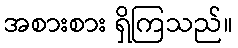
အစားစား ရှိကြသည်။